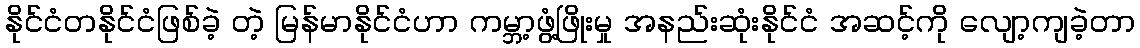
နိုင်ငံတနိုင်ငံဖြစ်ခဲ့ တဲ့ မြန်မာနိုင်ငံဟာ ကမ္ဘာ့ဖွံ့ဖြိုးမှု အနည်းဆုံးနိုင်ငံ အဆင့်ကို လျော့ကျခဲ့တာ